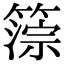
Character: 𥲚